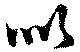
似